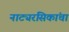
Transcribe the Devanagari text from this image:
नाट्यरसिकांचा